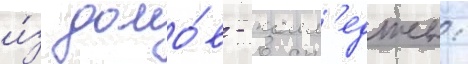
и́з домо́в - колл'едже: